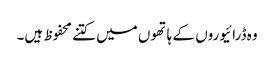
وہ ڈرائیوروں کے ہاتھوں میں کتنے محفوظ ہیں۔